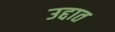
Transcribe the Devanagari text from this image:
उद्दात